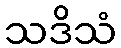
သဒိသံ